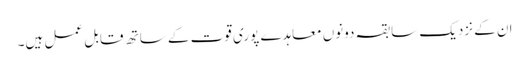
ان کے نزدیک سابقہ دونوں معاہدے پوری قوت کے ساتھ قابل عمل ہیں۔